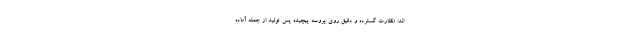
اند: «نظارت گسترده و دقیق روی پروسه پیچیده پس تولید از جمله آماده